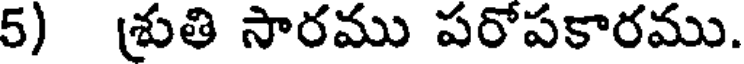
5) శ్రుతి సారము పరోపకారము.